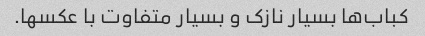
کباب‌ها بسیار نازک و بسیار متفاوت با عکسها.